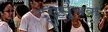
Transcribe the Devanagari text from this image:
दूरीसूचक